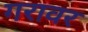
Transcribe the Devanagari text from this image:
गरावर